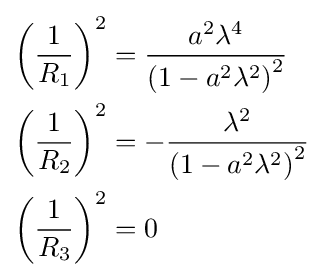
\scriptstyle {\begin{aligned}\left({\frac {1}{R_{1}}}\right)^{2}&={\frac {a^{2}\lambda ^{4}}{\left(1-a^{2}\lambda ^{2}\right)^{2}}}\\\left({\frac {1}{R_{2}}}\right)^{2}&=-{\frac {\lambda ^{2}}{\left(1-a^{2}\lambda ^{2}\right)^{2}}}\\\left({\frac {1}{R_{3}}}\right)^{2}&=0\end{aligned}}